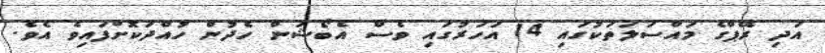
އަދި ރޭޕްގެ މައްސަަލަތަކުގައި 14 އަހަރުގައި ވެސް އެބޯޝަން ހެދުން ހުއްދަކޮށްފައިވެ އެވެ.